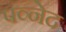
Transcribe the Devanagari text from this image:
पव्नेद